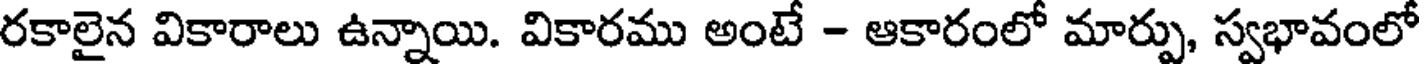
రకాలైన వికారాలు ఉన్నాయి. వికారము అంటే - ఆకారంలో మార్పు, స్వభావంలో